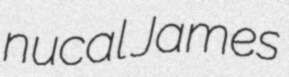
nucal James